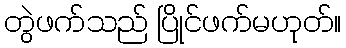
တွဲဖက်သည် ပြိုင်ဖက်မဟုတ်။